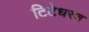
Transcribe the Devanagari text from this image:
टिटेधरण